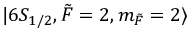
\lvert 6 S _ { 1 / 2 } , \Tilde { F } = 2 , m _ { \Tilde { F } } = 2 \rangle